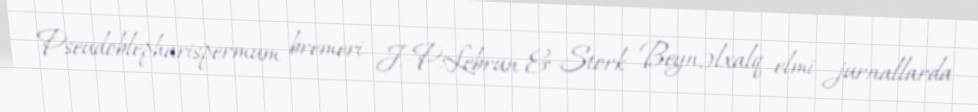
Pseudoblepharispermum bremeri J.-P.Lebrun & Stork Beynəlxalq elmi jurnallarda